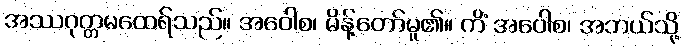
အဿဂုတ္တမထေရ်သည်။ အဝေါစ၊ မိန့်တော်မူ၏။ ကိံ အဝေါစ၊ အဘယ်သို့